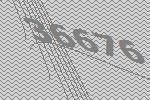
36676